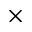
\times